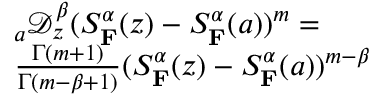
\begin{array} { r l } & { _ { a } \mathcal { D } _ { z } ^ { \beta } ( S _ { \mathbf { F } } ^ { \alpha } ( z ) - S _ { \mathbf { F } } ^ { \alpha } ( a ) ) ^ { m } = } \\ & { \frac { \Gamma ( m + 1 ) } { \Gamma ( m - \beta + 1 ) } ( S _ { \mathbf { F } } ^ { \alpha } ( z ) - S _ { \mathbf { F } } ^ { \alpha } ( a ) ) ^ { m - \beta } } \end{array}